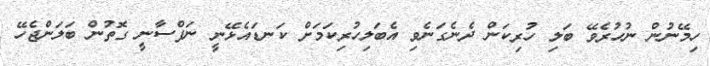
ހިމޭނުން ނުހުރެވޭ ބަލި ހުރިކަން ދެނެގަނެވި އެބަލިހުރިކަމަށް ކަނޑައެޅޭނީ ނަފްސާނީ ގޮތުން ބަލަންޖެހޭ